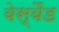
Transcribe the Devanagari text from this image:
बेस्बैंड